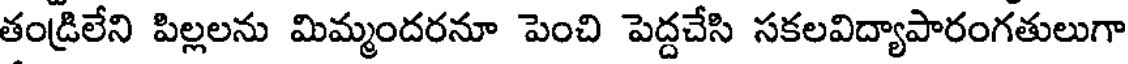
తండ్రిలేని పిల్లలను మిమ్మందరనూ పెంచి పెద్దచేసి సకలవిద్యాపారంగతులుగా